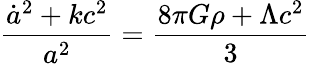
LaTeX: {\frac{{\dot{a}}^{2}+kc^{2}}{a^{2}}}={\frac{8\pi G\rho+\Lambda c^{2}}{3}}